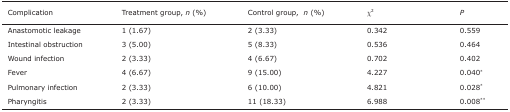
<table><thead><tr><td><b>Complication</b></td><td><b>Treatment group, <i>n</i> (%)</b></td><td><b>Control group, <i>n</i> (%)</b></td><td><b>χ<sup>2</sup></b></td><td><b><i>P</i></b></td></tr></thead><tbody><tr><td>Anastomotic leakage</td><td>1 (1.67)</td><td>2 (3.33)</td><td>0.342</td><td>0.559</td></tr><tr><td>Intestinal obstruction</td><td>3 (5.00)</td><td>5 (8.33)</td><td>0.536</td><td>0.464</td></tr><tr><td>Wound infection</td><td>2 (3.33)</td><td>4 (6.67)</td><td>0.702</td><td>0.402</td></tr><tr><td>Fever</td><td>4 (6.67)</td><td>9 (15.00)</td><td>4.227</td><td>0.040*</td></tr><tr><td>Pulmonary infection</td><td>2 (3.33)</td><td>6 (10.00)</td><td>4.821</td><td>0.028*</td></tr><tr><td>Pharyngitis</td><td>2 (3.33)</td><td>11 (18.33)</td><td>6.988</td><td>0.008**</td></tr></tbody></table>